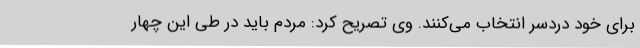
برای خود دردسر انتخاب می‌کنند. وی تصریح کرد: مردم باید در طی این چهار